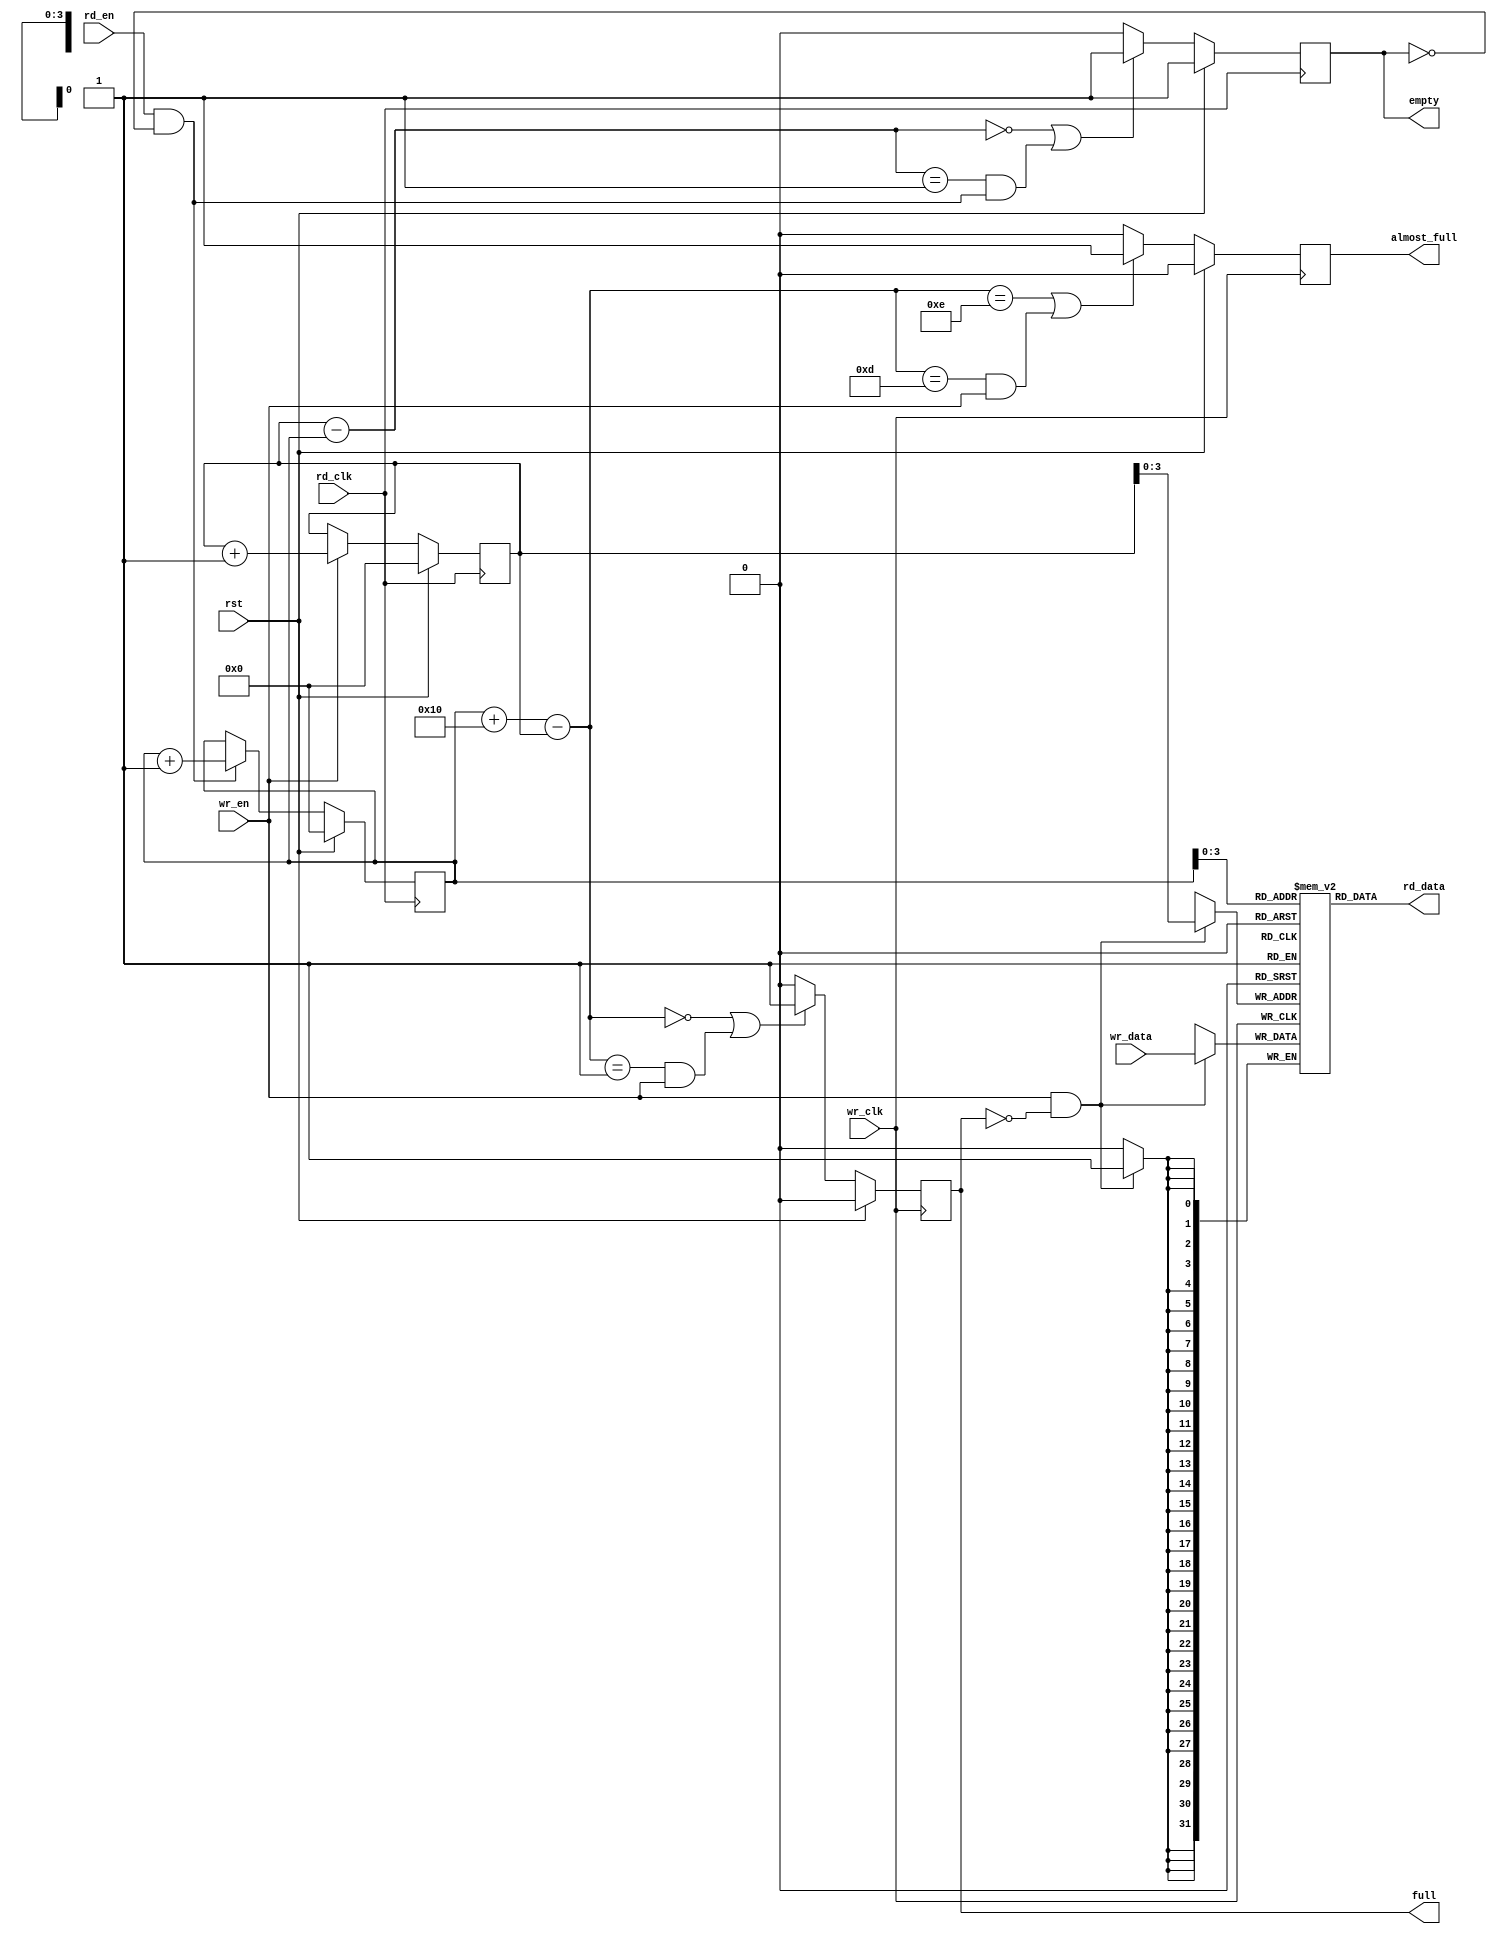
//*****************************************************************************
// (c) Copyright 2008-2009 Xilinx, Inc. All rights reserved.
//
// This file contains confidential and proprietary information
// of Xilinx, Inc. and is protected under U.S. and
// international copyright and other intellectual property
// laws.
//
// DISCLAIMER
// This disclaimer is not a license and does not grant any
// rights to the materials distributed herewith. Except as
// otherwise provided in a valid license issued to you by
// Xilinx, and to the maximum extent permitted by applicable
// law: (1) THESE MATERIALS ARE MADE AVAILABLE "AS IS" AND
// WITH ALL FAULTS, AND XILINX HEREBY DISCLAIMS ALL WARRANTIES
// AND CONDITIONS, EXPRESS, IMPLIED, OR STATUTORY, INCLUDING
// BUT NOT LIMITED TO WARRANTIES OF MERCHANTABILITY, NON-
// INFRINGEMENT, OR FITNESS FOR ANY PARTICULAR PURPOSE; and
// (2) Xilinx shall not be liable (whether in contract or tort,
// including negligence, or under any other theory of
// liability) for any loss or damage of any kind or nature
// related to, arising under or in connection with these
// materials, including for any direct, or any indirect,
// special, incidental, or consequential loss or damage
// (including loss of data, profits, goodwill, or any type of
// loss or damage suffered as a result of any action brought
// by a third party) even if such damage or loss was
// reasonably foreseeable or Xilinx had been advised of the
// possibility of the same.
//
// CRITICAL APPLICATIONS
// Xilinx products are not designed or intended to be fail-
// safe, or for use in any application requiring fail-safe
// performance, such as life-support or safety devices or
// systems, Class III medical devices, nuclear facilities,
// applications related to the deployment of airbags, or any
// other applications that could lead to death, personal
// injury, or severe property or environmental damage
// (individually and collectively, "Critical
// Applications"). Customer assumes the sole risk and
// liability of any use of Xilinx products in Critical
// Applications, subject only to applicable laws and
// regulations governing limitations on product liability.
//
// THIS COPYRIGHT NOTICE AND DISCLAIMER MUST BE RETAINED AS
// PART OF THIS FILE AT ALL TIMES.
//
//*****************************************************************************
//   ____  ____
//  /   /\/   /
// /___/  \  /    Vendor: Xilinx
// \   \   \/     Version: %version
//  \   \         Application: MIG
//  /   /         Filename: afifo.v
// /___/   /\     Date Last Modified: $Date: 2011/06/02 07:16:32 $
// \   \  /  \    Date Created: Oct 21 2008
//  \___\/\___\
//
//Device: Spartan6
//Design Name: DDR/DDR2/DDR3/LPDDR 
//Purpose:  A generic synchronous fifo.
//Reference:
//Revision History:

//*****************************************************************************

`timescale 1ps/1ps

module afifo #
(
 parameter TCQ           = 100,
 parameter DSIZE = 32,
 parameter FIFO_DEPTH = 16,
 parameter ASIZE = 4,
 parameter SYNC = 1   // only has always '1' logic.
)
(
input              wr_clk, 
input              rst,
input              wr_en,
input [DSIZE-1:0]  wr_data,
input              rd_en, 
input              rd_clk, 
output [DSIZE-1:0] rd_data,
output reg         full,
output reg         empty,
output reg         almost_full
);

// memory array
reg [DSIZE-1:0] mem [0:FIFO_DEPTH-1];

//Read Capture Logic
// if Sync = 1, then no need to remove metastability logic because wrclk = rdclk
reg [ASIZE:0] rd_gray_nxt;
reg [ASIZE:0]    rd_gray;
reg [ASIZE:0]    rd_capture_ptr;
reg [ASIZE:0]    pre_rd_capture_gray_ptr;
reg [ASIZE:0]    rd_capture_gray_ptr;
reg [ASIZE:0]    wr_gray;
reg [ASIZE:0] wr_gray_nxt;

reg [ASIZE:0] wr_capture_ptr;
reg [ASIZE:0] pre_wr_capture_gray_ptr;
reg [ASIZE:0] wr_capture_gray_ptr;
wire [ASIZE:0] buf_avail;
wire [ASIZE:0] buf_filled;
wire [ASIZE-1:0] wr_addr, rd_addr;

reg [ASIZE:0]   wr_ptr, rd_ptr;
integer i,j,k;


// for design that use the same clock for both read and write
generate
if (SYNC == 1) begin: RDSYNC
   always @ (rd_ptr)
     rd_capture_ptr = rd_ptr;
end
endgenerate



//capture the wr_gray_pointers to rd_clk domains and convert the gray pointers to binary pointers 
// before do comparison.


  
// if Sync = 1, then no need to remove metastability logic because wrclk = rdclk
generate
if (SYNC == 1) begin: WRSYNC
always @ (wr_ptr)
    wr_capture_ptr = wr_ptr;
end
endgenerate

// dualport ram 
// Memory (RAM) that holds the contents of the FIFO


assign wr_addr = wr_ptr;
assign rd_data = mem[rd_addr];
always @(posedge wr_clk)
begin
if (wr_en && !full)
  mem[wr_addr] <= #TCQ wr_data;

end


// Read Side Logic


assign rd_addr = rd_ptr[ASIZE-1:0];
assign rd_strobe = rd_en && !empty;

integer n;
reg [ASIZE:0] rd_ptr_tmp;
    // change the binary pointer to gray pointer
always @ (rd_ptr)
begin
//  rd_gray_nxt[ASIZE] = rd_ptr_tmp[ASIZE];
//  for (n=0; n < ASIZE; n=n+1) 
//       rd_gray_nxt[n] = rd_ptr_tmp[n] ^ rd_ptr_tmp[n+1];

  rd_gray_nxt[ASIZE] = rd_ptr[ASIZE];
  for (n=0; n < ASIZE; n=n+1) 
       rd_gray_nxt[n] = rd_ptr[n] ^ rd_ptr[n+1];

    
    
end       


always @(posedge rd_clk)
begin
if (rst)
   begin
        rd_ptr <= #TCQ 'b0;
        rd_gray <= #TCQ 'b0;
   end
else begin
    if (rd_strobe)
        rd_ptr <= #TCQ rd_ptr + 1;
        
    rd_ptr_tmp <= #TCQ rd_ptr;
        
    // change the binary pointer to gray pointer
    rd_gray <= #TCQ rd_gray_nxt;
end

end

//generate empty signal
assign buf_filled = wr_capture_ptr - rd_ptr;
               
always @ (posedge rd_clk )
begin
   if (rst)
        empty <= #TCQ 1'b1;
   else if ((buf_filled == 0) || (buf_filled == 1 && rd_strobe))
        empty <= #TCQ 1'b1;
   else
        empty <= #TCQ 1'b0;
end        


// write side logic;

reg [ASIZE:0] wbin;
wire [ASIZE:0] wgraynext, wbinnext;



always @(posedge rd_clk)
begin
if (rst)
   begin
        wr_ptr <= #TCQ 'b0;
        wr_gray <= #TCQ 'b0;
   end
else begin
    if (wr_en)
        wr_ptr <= #TCQ wr_ptr + 1;
        
    // change the binary pointer to gray pointer
    wr_gray <= #TCQ wr_gray_nxt;
end

end


// change the write pointer to gray pointer
always @ (wr_ptr)
begin
    wr_gray_nxt[ASIZE] = wr_ptr[ASIZE];
    for (n=0; n < ASIZE; n=n+1)
       wr_gray_nxt[n] = wr_ptr[n] ^ wr_ptr[n+1];
end       
// calculate how many buf still available
assign buf_avail = (rd_capture_ptr + FIFO_DEPTH) - wr_ptr;

always @ (posedge wr_clk )
begin
   if (rst) 
        full <= #TCQ 1'b0;
   else if ((buf_avail == 0) || (buf_avail == 1 && wr_en))
        full <= #TCQ 1'b1;
   else
        full <= #TCQ 1'b0;
end        


always @ (posedge wr_clk )
begin
   if (rst) 
        almost_full <= #TCQ 1'b0;
   else if ((buf_avail == FIFO_DEPTH - 2 ) || ((buf_avail == FIFO_DEPTH -3) && wr_en))
        almost_full <= #TCQ 1'b1;
   else
        almost_full <= #TCQ 1'b0;
end        

endmodule